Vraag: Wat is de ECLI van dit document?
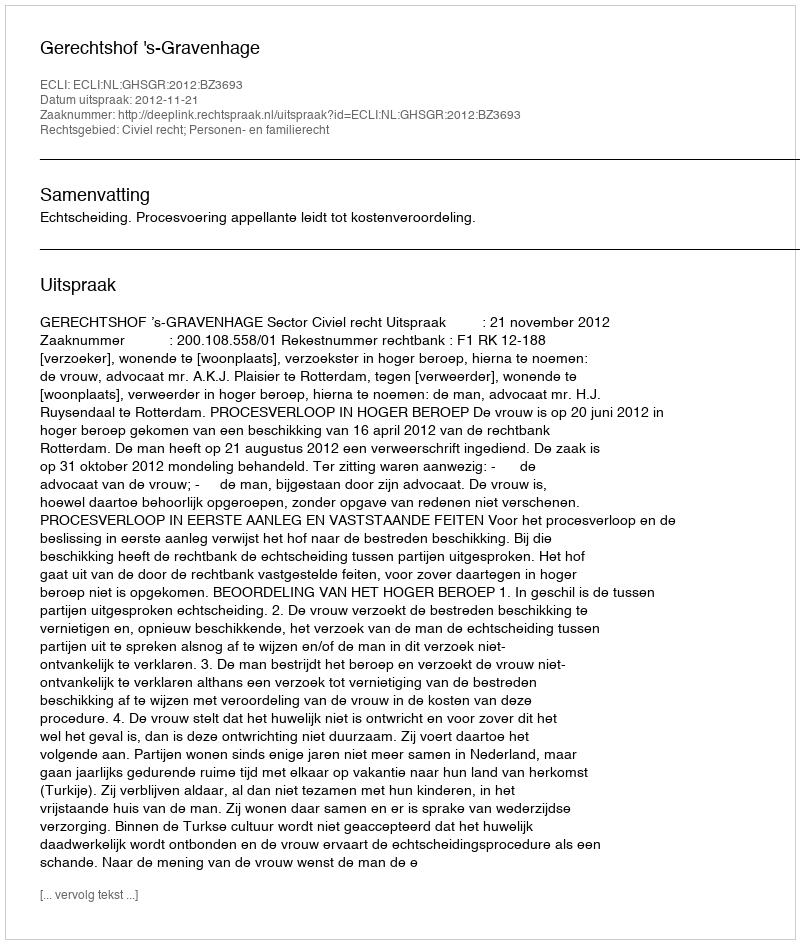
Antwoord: ECLI:NL:GHSGR:2012:BZ3693